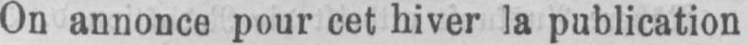
On annonce pour cet hiver la publication